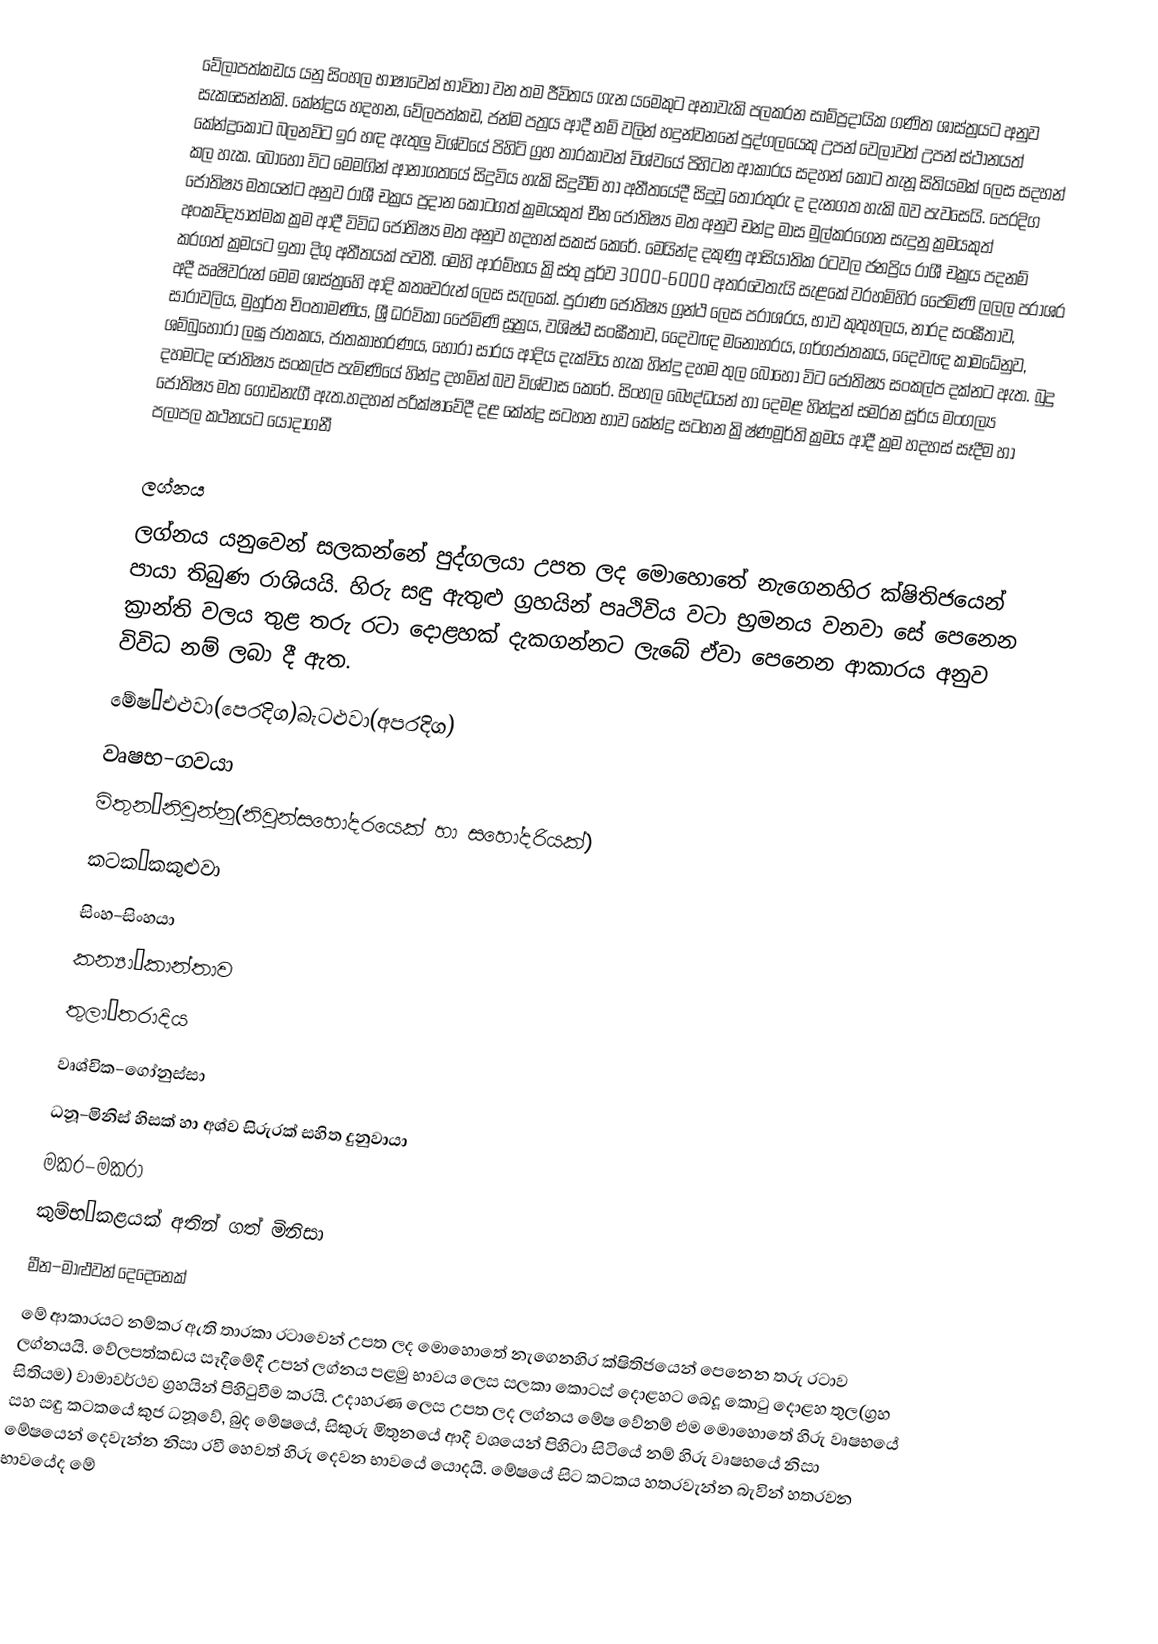
වේලාපත්කඩය යනු සිංහල භාෂාවෙන් භාවිතා වන තම ජීවිතය ගැන යමෙකුට අනාවැකි පලකරන සාම්ප්‍රදායික ගණිත ශාස්ත්‍රයට අනුව සැකසෙන්නකි. කේන්ද්‍රය හදහන, වේලපත්කඩ, ජන්ම පත්‍රය ආදී නම් වලින් හදුන්වනනේ පුද්ගලයෙකු උපන් වෙලාවත් උපන් ස්ථානයත් කේන්ද්‍රකොට බලනවිට ඉර හඳ ඇතුලු විශ්වයේ පිහිටි ග්‍රහ තාරකාවන් විශ්වයේ පිහිටන ආකාරය සදහන් කොට තැනූ සිතියමක් ලෙස සදහන් කල හැක. බොහෝ විට මෙමගින් ආනාගතයේ සිදුවිය හැකි සිදුවීම් හා අතීතයේදී සිදුවූ තොරතුරු ද දැනගත හැකි බව පැවසෙයි.  පෙරදිග ජෝතිෂ්‍ය මතයන්ට අනුව රාශී චක්‍රය ප්‍රදාන කොටගත් ක්‍රමයකුත් චීන ජොතිෂ්‍ය මත අනුව චන්ද්‍ර මාස මුල්කරගෙන සැදුනු ක්‍රමයකුත් අංකවිද්‍යාත්මක ක්‍රම ආදී විවිධ ජෝතිෂ්‍ය මත අනුව හදහන් සකස් කෙරේ. මෙයින්ද දකුණු ආසියාතික රටවල ජනප්‍රිය රාශී චක්‍රය පදනම් කරගත් ක්‍රමයට ඉතා දිගු අතීතයක් පවතී. මෙහි ආරම්භය ක්‍රිස්තු පූර්ව 3000-6000 අතරවෙතැයි සැළකේ වරහමිහිර ජෛමිණි ලලල පරාශර අදී ඍෂිවරුන් මෙම ශාස්ත්‍රහෙි ආදි කතෘවරුන් ලෙස සැලකේ. පුරාණ ජෝතිෂ්‍ය ග්‍රන්ථ ලෙස පරාශරය, භාව කුතුහලය, නාරද සංඝීතාව, සාරාවලිය, මුහුර්ත චිංතාමණිය, ශ්‍රී ධරවිකා ජෛමිණි සූත්‍රය, වශිෂ්ඨ සංඝීතාව, දෛවඥ මනොහරය, ගර්ගජාතකය, දෛවඥ කාමධේනුව, ශම්බුහෝරා ලඝු ජාතකය, ජාතකාභරණය, හොරා සාරය ආදිය දැක්විය හැක හින්දු දහම තුල බොහො විට ජෝතිෂ්‍ය සංකල්ප දක්නට ඇත. බුදු දහමටද ජොතිෂ්‍ය සංකල්ප පැමිණියේ හින්දු දහමින් බව විශ්වාස කෙරේ. සිංහල බෞද්ධයන් හා දෙමළ හින්දූන් සමරන සූර්ය මංගල්‍ය ජෝතිෂ්‍ය මත ගොඩනැගී ඇත.හදහන් පරික්ෂාවේදී දළ කේන්ද්‍ර සටහන භාව කේන්ද්‍ර සටහන ක්‍රිෂ්ණමූර්ති ක්‍රමය ආදී ක්‍රම හදහස් සෑදීම හා පලාපල කථනයට යොදාගනී

ලග්නය
ලග්නය යනුවෙන් සලකන්නේ පුද්ගලයා උපත ලද මොහොතේ නැගෙනහිර ක්ෂිතිජයෙන් පායා තිබුණ රාශියයි. හිරු සඳු ඇතුළු ග්‍රහයින් පෘථිවිය වටා භ්‍රමනය වනවා සේ පෙනෙන ක්‍රාන්ති වලය තුළ තරු රටා දොළහක් දැකගන්නට ලැබේ ඒවා පෙනෙන ආකාරය අනුව විවිධ නම් ලබා දී ඇත.
 මේෂ−එළුවා(පෙරදිග)බැටළුවා(අපරදිග)
 වෘෂභ−ගවයා
 මිතුන−නිවුන්නු(නිවුන්සහෝදරයෙක් හා සහෝදරියක්)
 කටක−කකුළුවා
 සිංහ−සිංහයා
 කන්‍යා−කාන්තාව
 තුලා−තරාදිය
 වෘශ්චික−ගෝනුස්සා
 ධනූ−මිනිස් හිසක් හා අශ්ව සිරුරක් සහිත දුනුවායා
 මකර−මකරා
 කුම්භ−කළයක් අතින් ගත් මිනිසා
 මීන−මාළුවන් දෙදෙනෙක්
මේ ආකාරයට නම්කර ඇති තාරකා රටාවෙන් උපත ලද මොහොතේ නැගෙනහිර ක්ෂිතිජයෙන් පෙනෙන තරු රටාව ලග්නයයි. වේලපත්කඩය සෑදීමේදී උපන් ලග්නය පළමු භාවය ලෙස සලකා කොටස් දොළහට බෙදූ කොටු දොළහ තුල(ග්‍රහ සිතියම) වාමාවර්ථව ග්‍රහයින් පිහිටුවීම කරයි. උදාහරණ ලෙස උපත ලද ලග්නය මේෂ වේනම් එම මොහොතේ හිරු වෘෂභයේ සහ සඳු කටකයේ කුජ ධනූවේ, බුද මේෂයේ, සිකුරු මිතුනයේ ආදී වශයෙන් පිහිටා සිටියේ නම් හිරු වෘෂභයේ නිසා මේෂයෙන් දෙවැන්න නිසා රවී හෙවත් හිරු දෙවන භාවයේ යොදයි. මේෂයේ සිට කටකය හතරවැන්න බැවින් හතරවන භාවයේද මේ